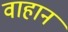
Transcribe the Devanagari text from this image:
वाहान